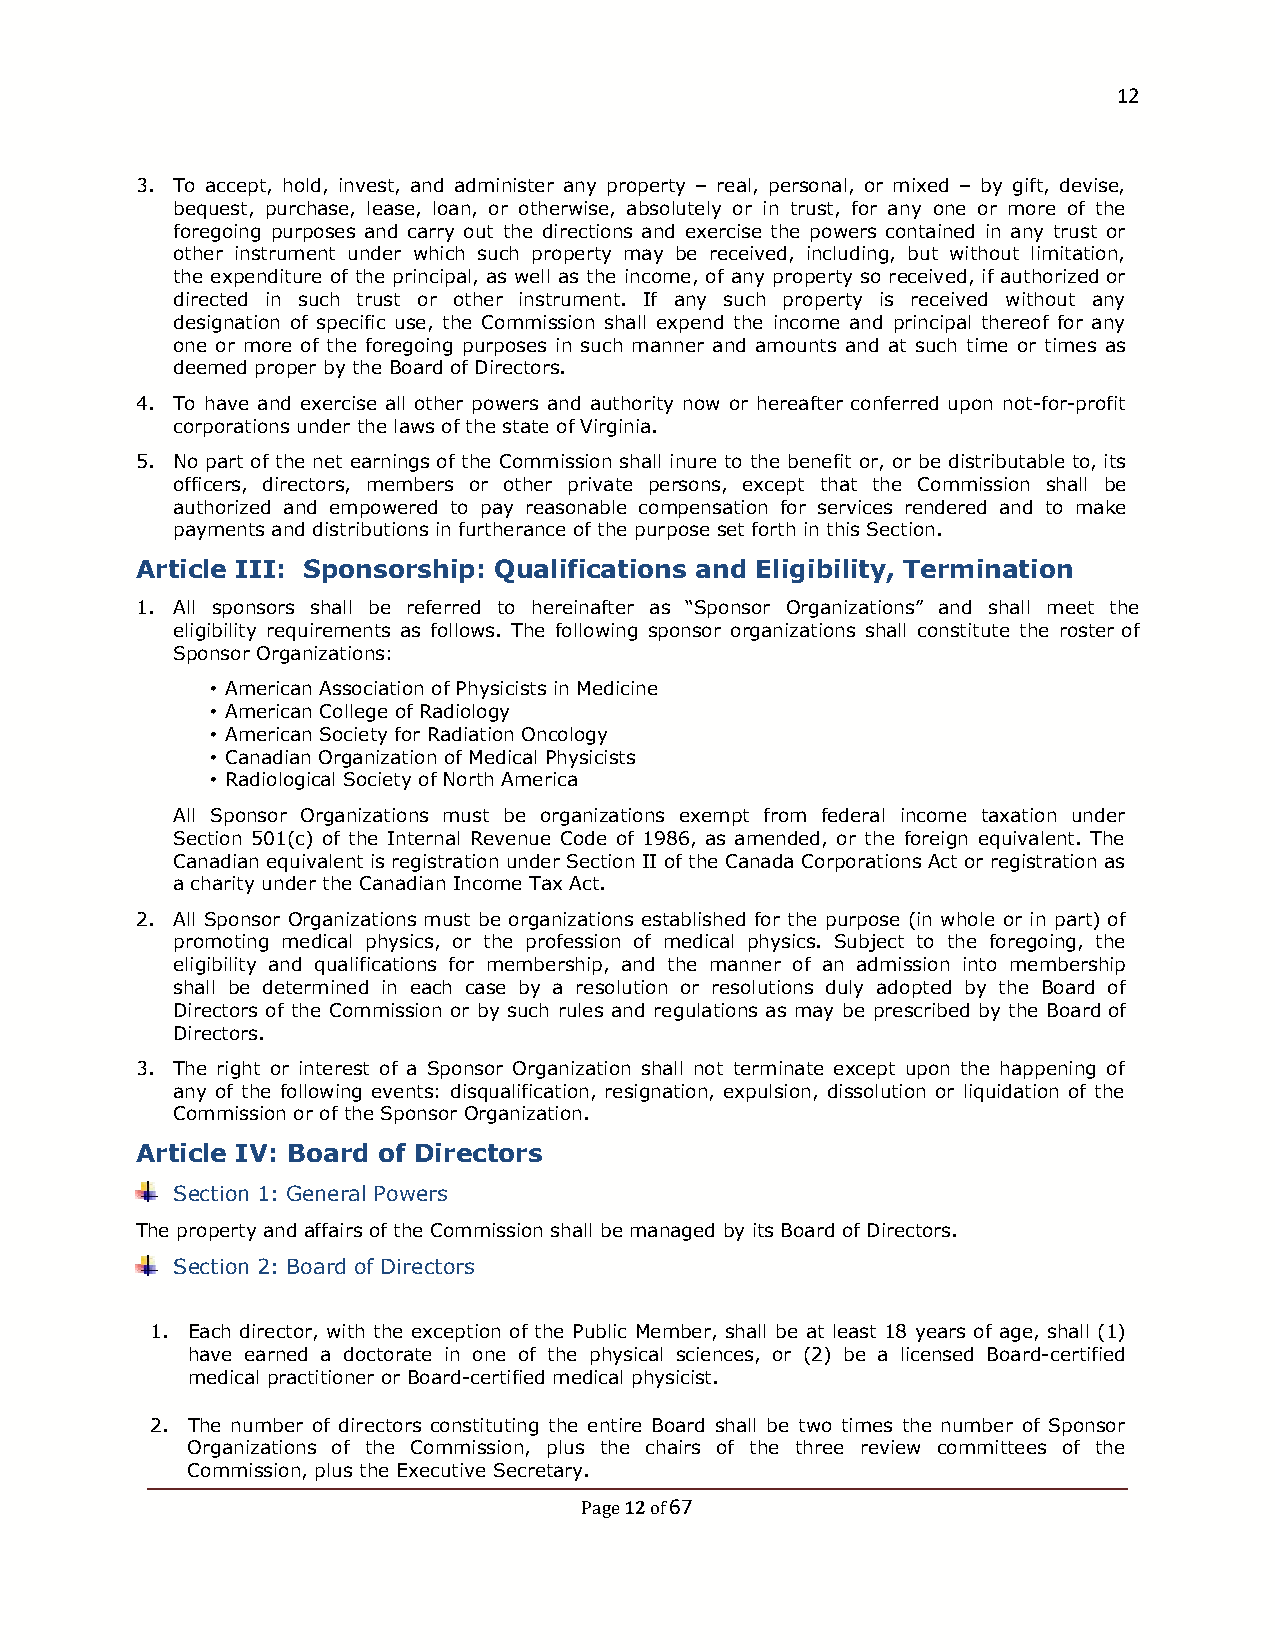
12
 3. To accept, hold, invest, and administer any property – real, personal, or mixed – by gift, devise,
 bequest, purchase, lease, loan, or otherwise, absolutely or in trust, for any one or more of the
 foregoing purposes and carry out the directions and exercise the powers contained in any trust or
 other instrument under which such property may be received, including, but without limitation,
 the expenditure of the principal, as well as the income, of any property so received, if authorized or
 directed in such trust or other instrument. If any such property is received without any
 designation of specific use, the Commission shall expend the income and principal thereof for any
 one or more of the foregoing purposes in such manner and amounts and at such time or times as
 deemed proper by the Board of Directors.
 4. To have and exercise all other powers and authority now or hereafter conferred upon not-for-profit
 corporations under the laws of the state of Virginia.
 5. No part of the net earnings of the Commission shall inure to the benefit or, or be distributable to, its
 officers, directors, members or other private persons, except that the Commission shall be
 authorized and empowered to pay reasonable compensation for services rendered and to make
 payments and distributions in furtherance of the purpose set forth in this Section.
 Article III: Sponsorship: Qualifications and Eligibility, Termination
 1. All sponsors shall be referred to hereinafter as “Sponsor Organizations” and shall meet the
 eligibility requirements as follows. The following sponsor organizations shall constitute the roster of
 Sponsor Organizations:
 • American Association of Physicists in Medicine
 • American College of Radiology
 • American Society for Radiation Oncology
 • Canadian Organization of Medical Physicists
 • Radiological Society of North America
 All Sponsor Organizations must be organizations exempt from federal income taxation under
 Section 501(c) of the Internal Revenue Code of 1986, as amended, or the foreign equivalent. The
 Canadian equivalent is registration under Section II of the Canada Corporations Act or registration as
 a charity under the Canadian Income Tax Act.
 2. All Sponsor Organizations must be organizations established for the purpose (in whole or in part) of
 promoting medical physics, or the profession of medical physics. Subject to the foregoing, the
 eligibility and qualifications for membership, and the manner of an admission into membership
 shall be determined in each case by a resolution or resolutions duly adopted by the Board of
 Directors of the Commission or by such rules and regulations as may be prescribed by the Board of
 Directors.
 3. The right or interest of a Sponsor Organization shall not terminate except upon the happening of
 any of the following events: disqualification, resignation, expulsion, dissolution or liquidation of the
 Commission or of the Sponsor Organization.
 Article IV: Board of Directors
 Section 1: General Powers
 The property and affairs of the Commission shall be managed by its Board of Directors.
 Section 2: Board of Directors
 1. Each director, with the exception of the Public Member, shall be at least 18 years of age, shall (1)
 have earned a doctorate in one of the physical sciences, or (2) be a licensed Board-certified
 medical practitioner or Board-certified medical physicist.
 2. The number of directors constituting the entire Board shall be two times the number of Sponsor
 Organizations of the Commission, plus the chairs of the three review committees of the
 Commission, plus the Executive Secretary.
 12 67
 Page of